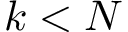
k < N